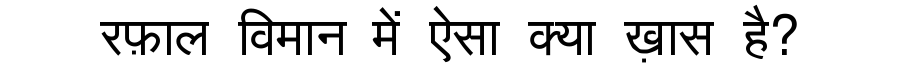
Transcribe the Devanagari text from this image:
रफ़ाल विमान में ऐसा क्या ख़ास है?